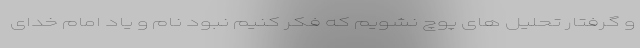
و گرفتار تحلیل های پوچ نشویم که فکر کنیم نبود نام و یاد امام خدای